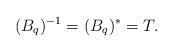
LaTeX: \begin{align*}(B_q)^{-1}=(B_q)^{*}=T.\end{align*}